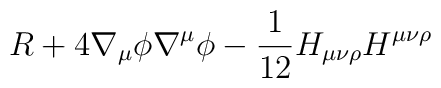
R + 4\nabla_\mu \phi \nabla^\mu\phi -{1\over 12} H_{\mu\nu\rho} H^{\mu\nu\rho}